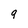
Character: q